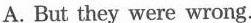
A. But they were wrong.